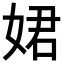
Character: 𡝗